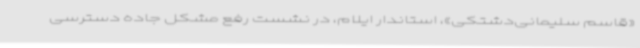
«قاسم سلیمانی‌دشتکی»، استاندار ایلام، در نشست رفع مشکل جاده دسترسی